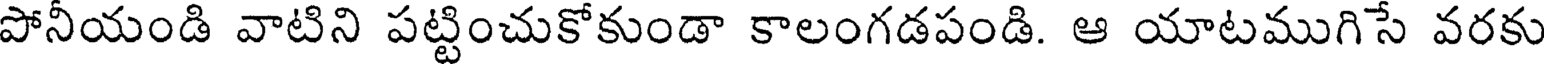
పోనీయండి వాటిని పట్టించుకోకుండా కాలంగడపండి. ఆ యాటముగిసే వరకు